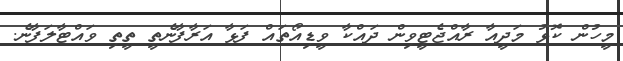
މީހުން ކޮޅު މަދީއާ ރާއްޖެޓީވިން ދައްކާ ވީޑިއޯތައް ފަޅާ އަރާފާނެތީ ތީތި ވައްޓާލަފާނެ.